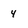
Character: 4